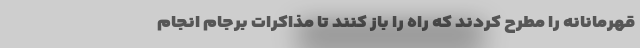
قهرمانانه را مطرح کردند که راه را باز کنند تا مذاکرات برجام انجام